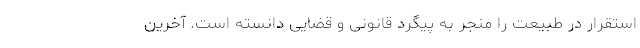
استقرار در طبیعت را منجر به پیگرد قانونی و قضایی دانسته است. آخرین